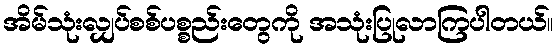
အိမ်သုံးလျှပ်စစ်ပစ္စည်းတွေကို အသုံးပြုလာကြပါတယ်။